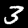
Digit: 3